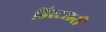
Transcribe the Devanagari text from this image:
डिस्टलरी